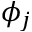
\phi _ { j }